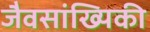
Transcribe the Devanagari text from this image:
जैवसांख्‍यिकी